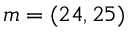
m = ( 2 4 , 2 5 )